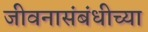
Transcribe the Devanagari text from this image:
जीवनासंबंधीच्या